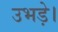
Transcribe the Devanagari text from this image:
उभड़े।